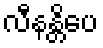
လီနန္တိပေ